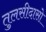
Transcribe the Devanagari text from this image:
तुलसीदासो